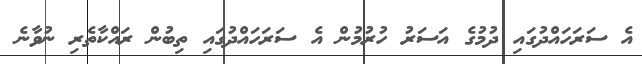
އެ ސަރަހައްދުގައި ދުމުގެ އަސަރު ހުރުމުން އެ ސަރަހައްދުގައި ތިބުން ރައްކާތެރި ނުވާނެ